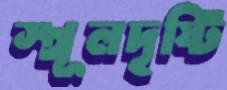
স্থূলদৃষ্টি